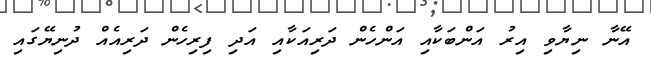
އޭނާ ނިޔާވި އިރު އަންބަކާއި އަންހެން ދަރިއަކާއި އަދި ފިރިހެން ދަރިއެއް ދުނިޔޭގައި